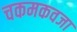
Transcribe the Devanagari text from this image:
चकमकवजा